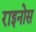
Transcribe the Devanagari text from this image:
राइनोस